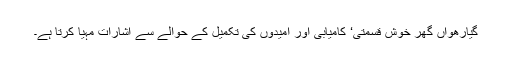
گیارھواں گھر خوش قسمتی‘ کامیابی اور اُمیدوں کی تکمیل کے حوالے سے اشارات مہیا کرتا ہے۔